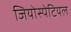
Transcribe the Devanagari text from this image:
जियोस्पेटियल